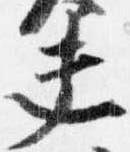
夫